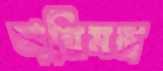
অগ্নিমন্ত্র